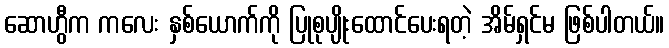
ဆောဟွီက ကလေး နှစ်ယောက်ကို ပြုစုပျိုးထောင်ပေးရတဲ့ အိမ်ရှင်မ ဖြစ်ပါတယ်။